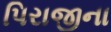
પિરાજીના